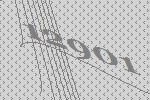
12901